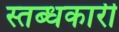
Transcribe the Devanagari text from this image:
स्तब्धकारी